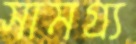
সামগ্র্য